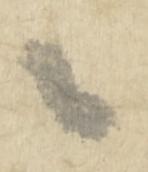
々